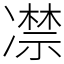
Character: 凚